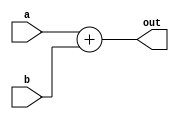
module add2(out, a, b);

	input  [31:0] a, b;
	output [31:0] out;

	assign out = a + b;

endmodule